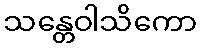
သန္တေဝါသိကော